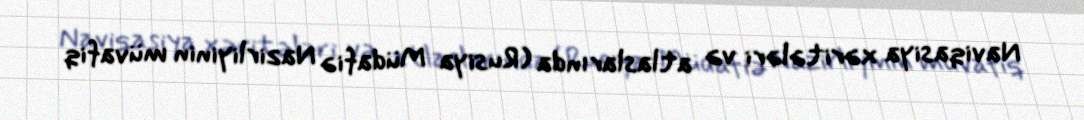
Naviqasiya xəritələri və atlaslarında (Rusiya Müdafiə Nazirliyinin müvafiq